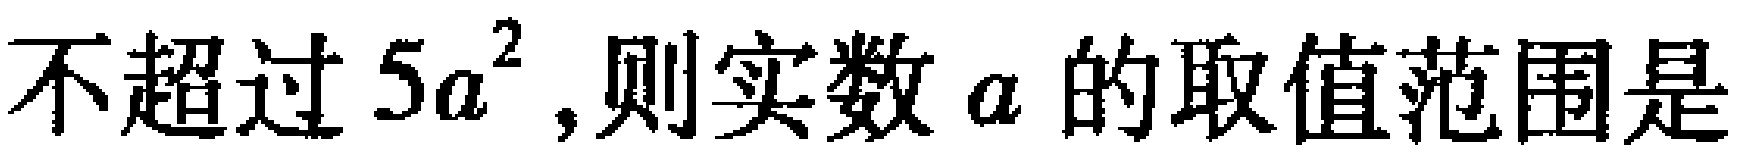
不超过\(5a^{2}\),则实数\(a\)的取值范围是